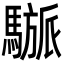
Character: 𩥜